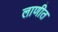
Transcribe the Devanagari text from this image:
लाणीत